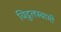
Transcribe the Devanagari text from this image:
विट्ठलस्वामी